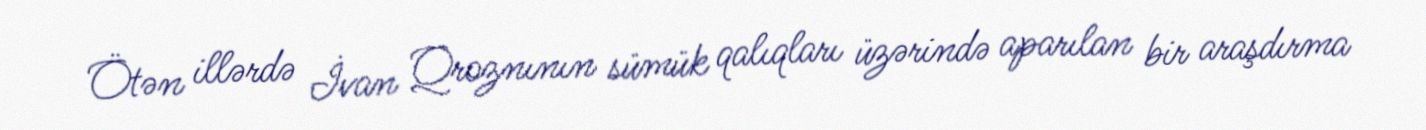
Ötən illərdə İvan Qroznının sümük qalıqları üzərində aparılan bir araşdırma